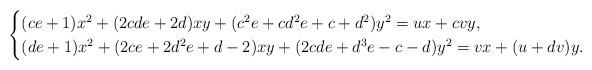
LaTeX: \begin{align*}\begin{cases}(ce+1)x^2+(2cde+2d)xy+(c^2e+cd^2e+c+d^2)y^2=ux+cvy,\cr(de+1)x^2+(2ce+2d^2e+d-2)xy+(2cde+d^3e-c-d)y^2=vx+(u+dv)y.\end{cases}\end{align*}